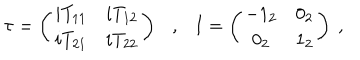
LaTeX: \tau = \left( \begin{matrix} { { i T _ { 1 1 } } } & { { i T _ { 1 2 } } } \\ { { i T _ { 2 1 } } } & { { i T _ { 2 2 } } } \\ \end{matrix} \right) , I = \left( \begin{matrix} { { - 1 _ { 2 } } } & { { 0 _ { 2 } } } \\ { { 0 _ { 2 } } } & { { 1 _ { 2 } } } \\ \end{matrix} \right) ~ ,